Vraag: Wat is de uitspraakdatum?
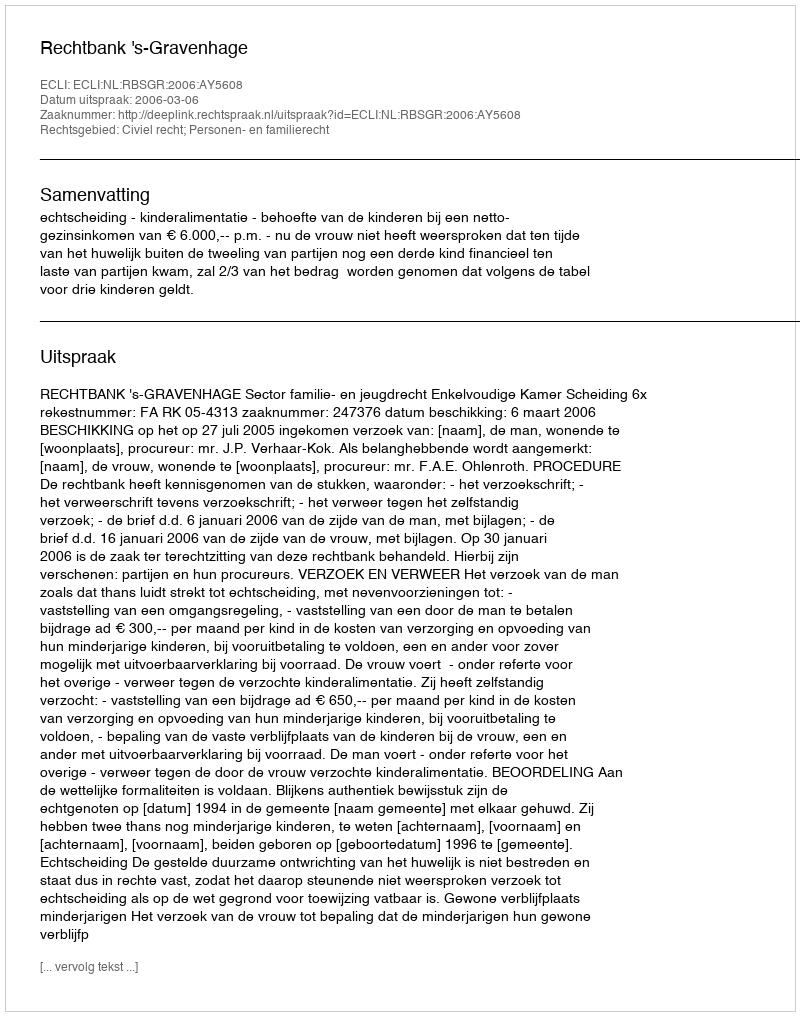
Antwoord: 2006-03-06